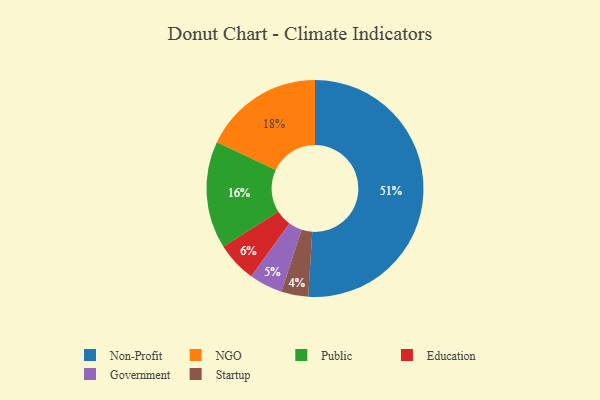
{"axis": {"x": "Category", "y": "Percentage"}, "legend": ["Education", "Government", "NGO", "Non-Profit", "Public", "Startup"], "data": [{"x": "NGO", "y": 18, "type": "NGO"}, {"x": "Non-Profit", "y": 51, "type": "Non-Profit"}, {"x": "Government", "y": 5, "type": "Government"}, {"x": "Education", "y": 6, "type": "Education"}, {"x": "Startup", "y": 4, "type": "Startup"}, {"x": "Public", "y": 16, "type": "Public"}]}